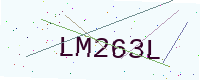
Text: LM263L